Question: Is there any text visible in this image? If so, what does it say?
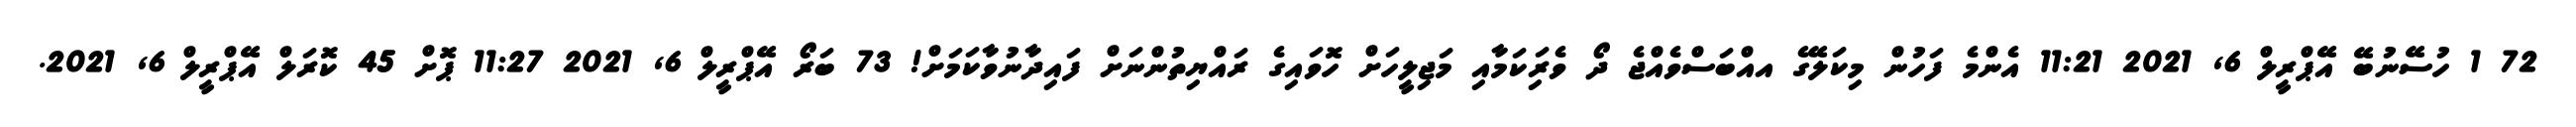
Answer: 72 1 ހުސޭނުބޭ އޭޕްރީލް 6, 2021 11:21 އެންމެ ފަހުން މިކަލޭގެ އއްބަސްވެއްޖެ ދޯ ވެރިަކަމާއި މަޖިލީހަށް ހޮވައިގެ ރައްޔިތުންނަށް ފައިދާނުވާކަމަށް! 73 ބަރޯ އޭޕްރީލް 6, 2021 11:27 ޕޮށް 45 ކޮރަލް އޭޕްރީލް 6, 2021.